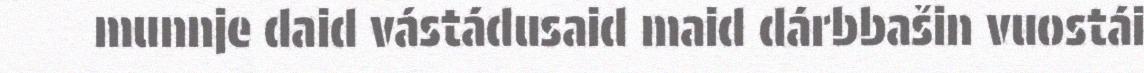
munnje daid vástádusaid maid dárbbašin vuostái